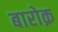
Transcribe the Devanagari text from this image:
बारोक़